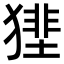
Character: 𤡝